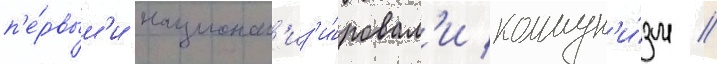
п'е́рвым'и национал'из'и́ровал'и коммун'и́зм //